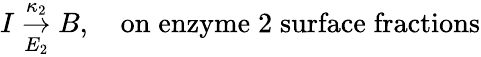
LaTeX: I\underset{E_{2}}{\stackrel{\kappa_{2}}{\rightarrow}}B,\quad\mathrm{on\; enzyme\; 2\; surface\; fractions}